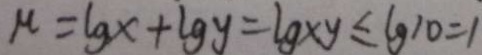
m = \lg x + \lg y = \lg \times y \leq \lg 1 0 = 1